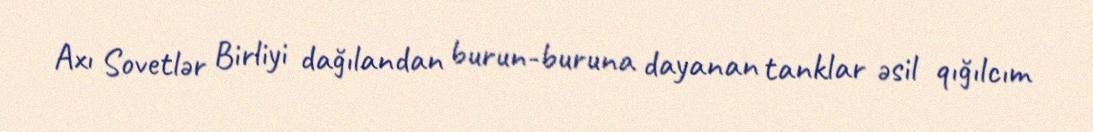
Axı Sovetlər Birliyi dağılandan burun-buruna dayanan tanklar əsil qığılcım